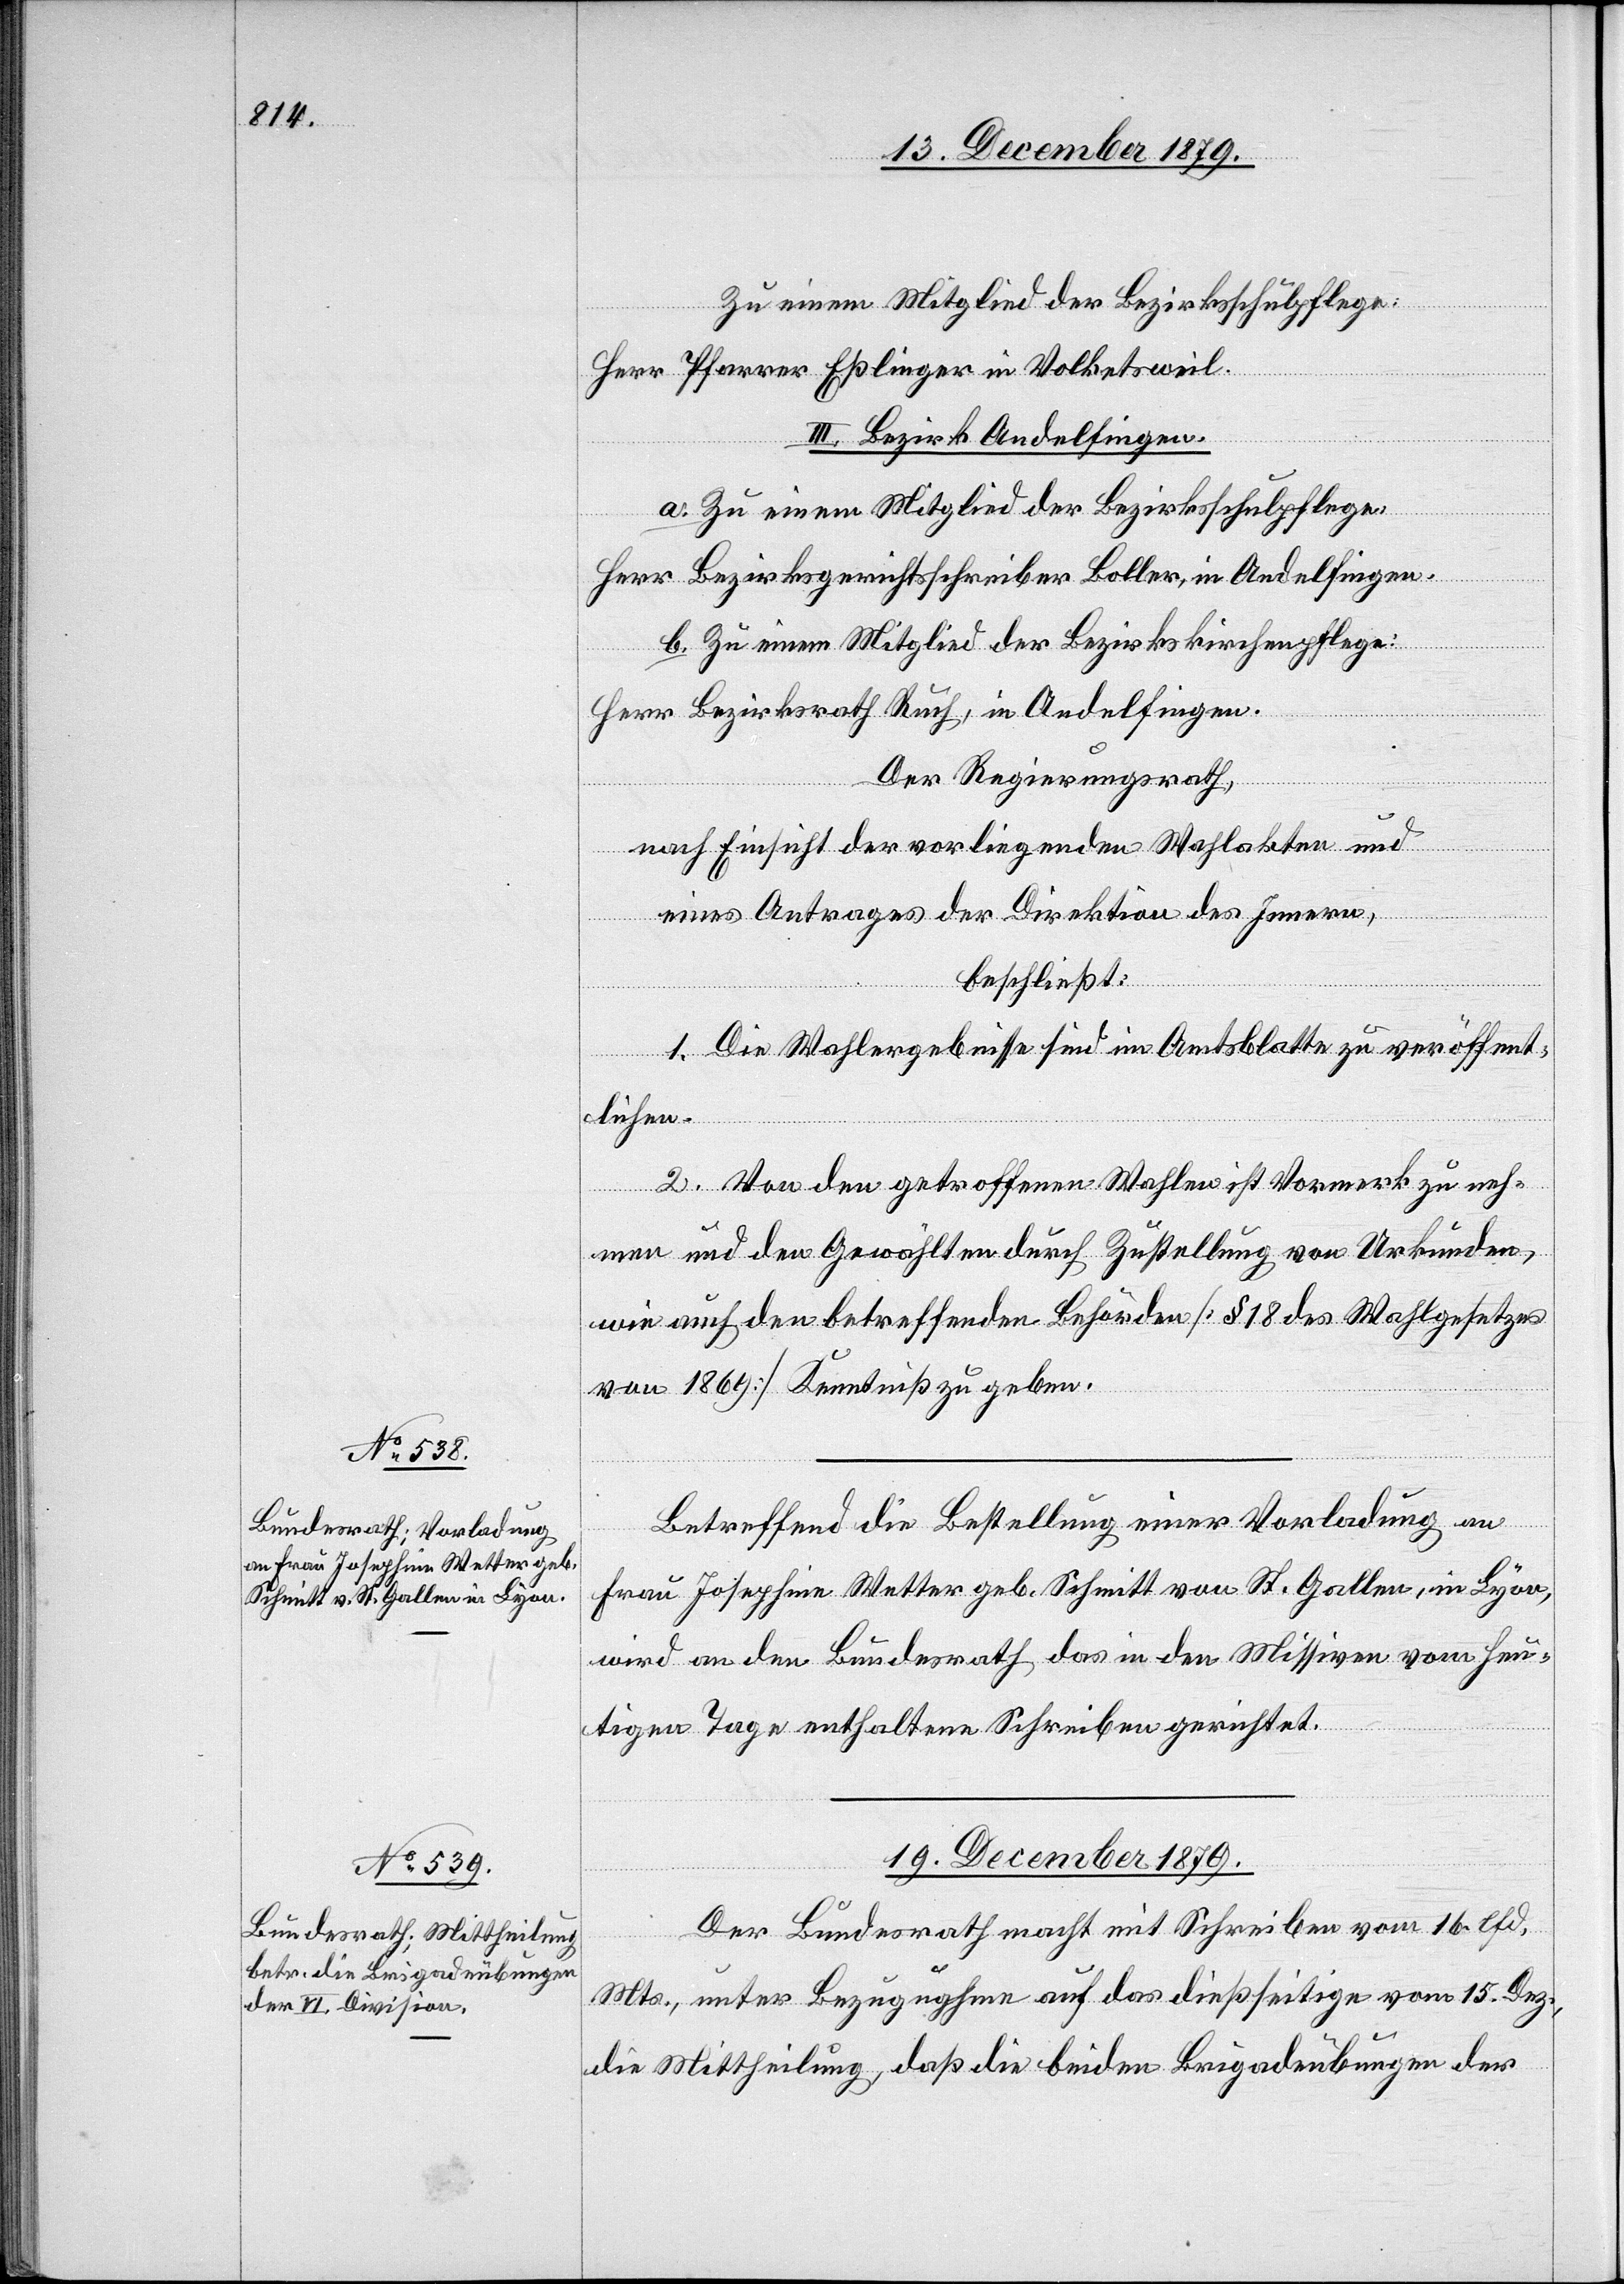
18. December 1879.]
Zu einem Mitglied der Bezirksschulpflege:
Herr Pfarrer Eßlinger in Volketsweil.
III. Bezirk Andelfingen.
a. Zu einem Mitglied der Bezirksschulpflege:
Herr Bezirksgerichtsschreiber Boller, in Andelfingen.
b. Zu einem Mitglied der Bezirkskirchenpflege:
Herr Bezirksrath Ruch, in Andelfingen.
Der Regierungsrath,
nach Einsicht der vorliegenden Wahlakten und
eines Antrages der Direktion des Innern,
beschließt:
1. Die Wahlergebnisse sind im Amtsblatte zu veröffent¬
lichen.
2. Von den getroffenen Wahlen ist Vormerk zu neh¬
men und den Gewählten durch Zustellung von Urkunden,
wie auch den betreffenden Behörden [§ 18 des Wahlgesetzes
von 1869] Kenntnis zu geben.
Betreffend die Bestellung einer Vorladung an
Frau Josephine Wetter geb. Schmitt von St. Gallen, in Lyon,
wird an den Bundesrath das in den Missiven vom heu¬
tigen Tage enthaltene Schreiben gerichtet.
19. December 1879.
Der Bundesrath macht mit Schreiben vom 16. lfd.
Mts., unter Bezugnahme auf das dießseitige vom 15. Dez.
die Mittheilung, daß die beiden Brigadeübungen der